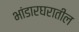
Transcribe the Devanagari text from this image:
भांडारघरातील